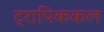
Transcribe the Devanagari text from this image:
ट्रापिककल